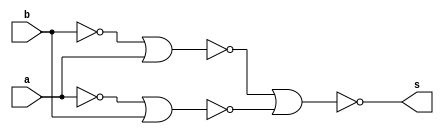
/*
* Aluno: Henrique Augusto Rodrigues
* Arquitetura 1 - Tarde
* Guia_05  Exemplo 0507.
*/
module ex_07 (output s, input a, b);

wire not_a, not_b;
wire nor_1, nor_2;

nor NOTa (not_a, a, a);
nor NOTb (not_b, b, b);

nor NOR1 (nor_1, not_b, a);
nor NOR2 (nor_2, not_a, b);
nor NOR3 (s, nor_1, nor_2);

endmodule

module control (output s, input a, b);

assign s = ~(a ^ b);

endmodule

module test;

reg x;
reg y;
wire a, b;

ex_07 moduloA (a, x, y);
control moduloB (b, x, y);

//main
initial
begin : main
//id
$display("Guia 05 Ex. 07");

//monitor
$display("  x   y   NOR   Controle");

//first signal
#1 x=1'b0; y=1'b0;

$monitor("%3b %3b %4b %8b", x, y, a, b);

//signals
#1 x=0; y=1;
#1 x=1; y=0;
#1 x=1; y=1;

end // main
endmodule // Guia